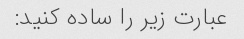
عبارت زیر را ساده کنید: